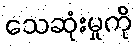
သေဆုံးမှုကို